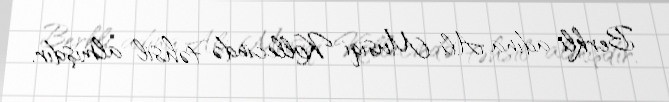
Berkli adına Ali Musiqi Kollecində təhsil almışdır.